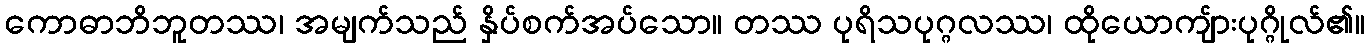
ကောဓာဘိဘူတဿ၊ အမျက်သည် နှိပ်စက်အပ်သော။ တဿ ပုရိသပုဂ္ဂလဿ၊ ထိုယောကျ်ားပုဂ္ဂိုလ်၏။